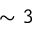
\sim 3